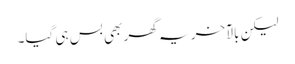
لیکن بالآخر یہ گھر بھی بس ہی گیا۔